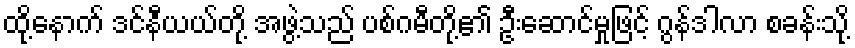
ထို့နောက် ဒင်နီယယ်တို့ အဖွဲ့သည် ပစ်ဂမီတို့၏ ဦးဆောင်မှုဖြင့် ဂွန်ဒါလာ စခန်းသို့